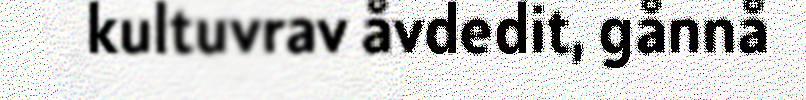
kultuvrav åvdedit, gånnå